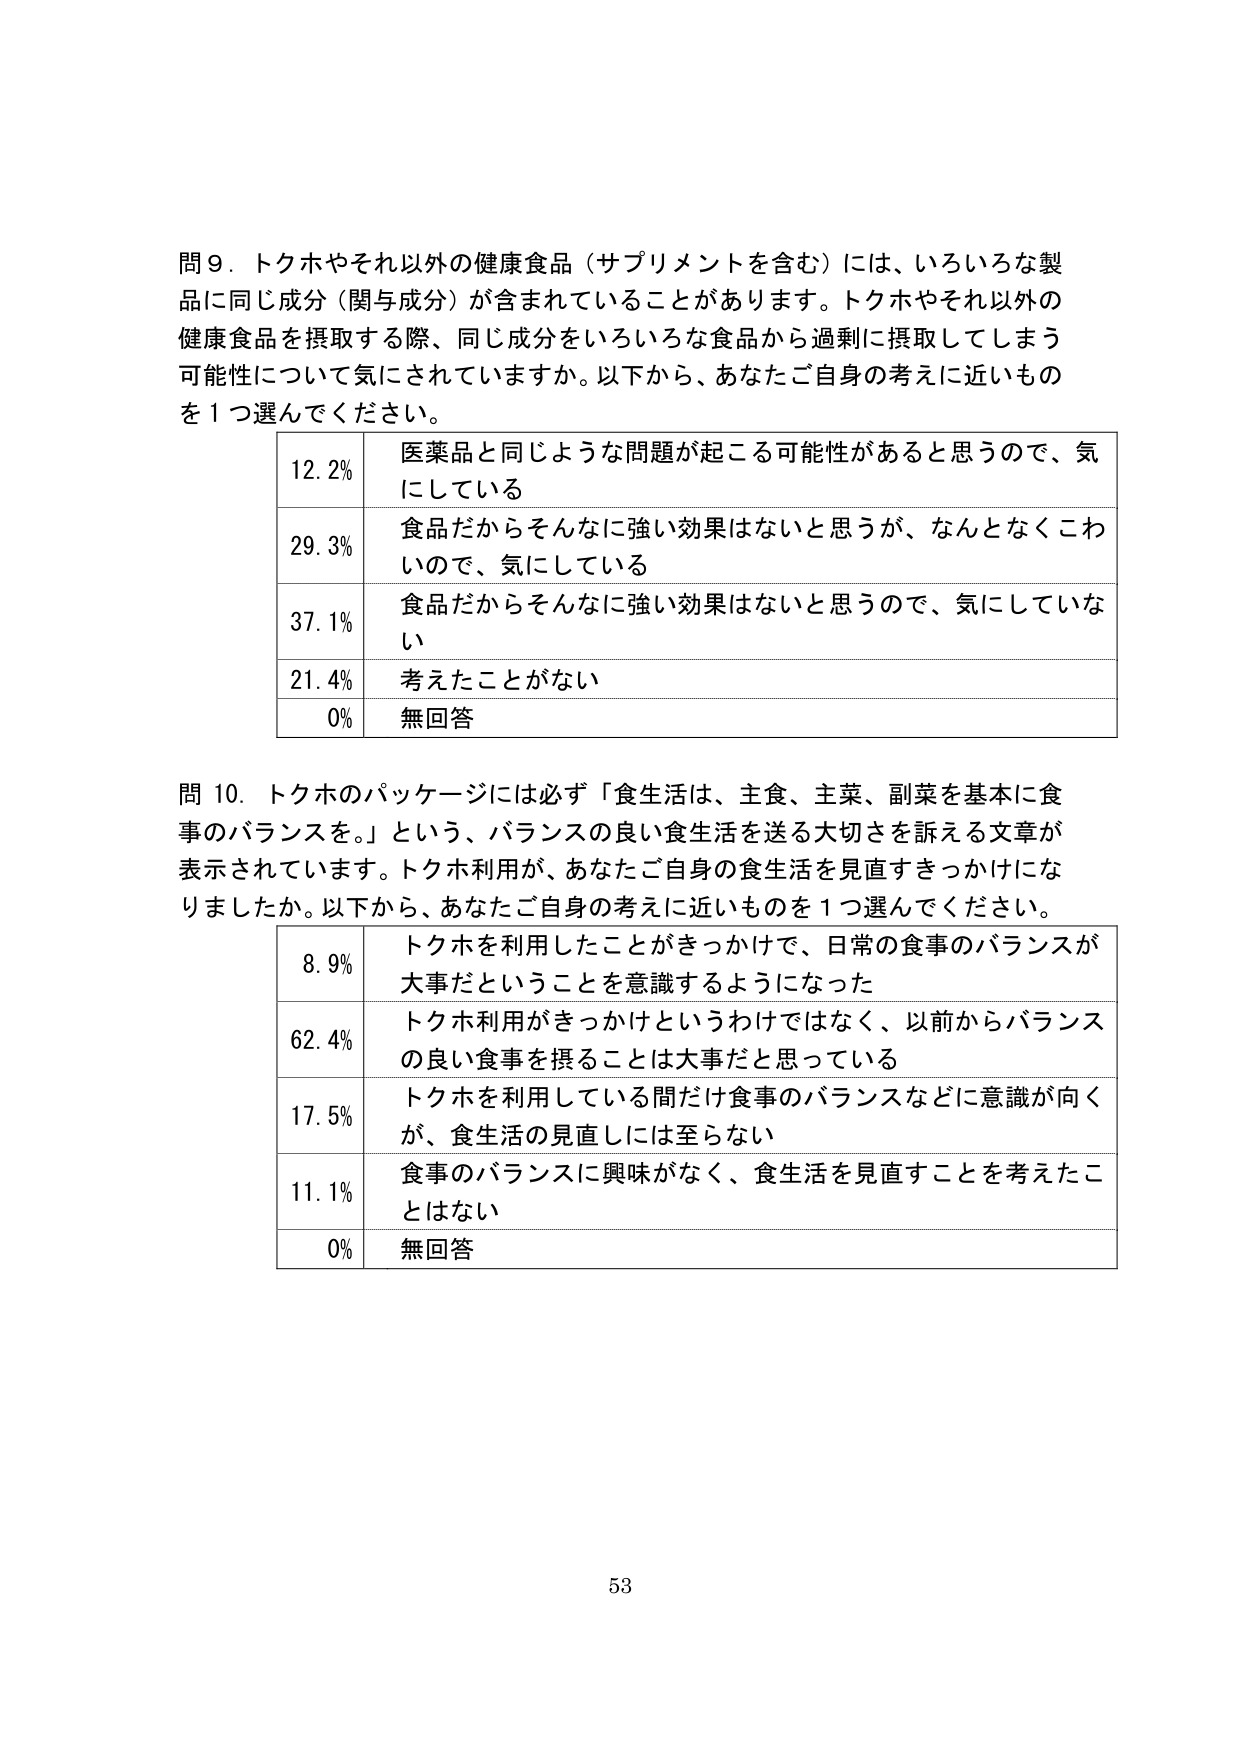
問９．トクホやそれ以外の健康食品（サプリメントを含む）には、いろいろな製品に同じ成分（関与成分）が含まれていることがあります。トクホやそれ以外の健康食品を摂取する際、同じ成分をいろいろな食品から過剰に摂取してしまう可能性について気にされていますか。以下から、あなたご自身の考えに近いものを１つ選んでください。

12.2% 医薬品と同じような問題が起こる可能性があると思うので、気にしている
29.3% 食品だからそんなに強い効果はないと思うが、なんとなくこわいので、気にしている
37.1% 食品だからそんなに強い効果はないと思うので、気にしていない
21.4% 考えたことがない
0% 無回答

問10．トクホのパッケージには必ず「食生活は、主食、主菜、副菜を基本に食事のバランスを。」という、バランスの良い食生活を送る大切さを訴える文章が表示されています。トクホ利用が、あなたご自身の食生活を見直すきっかけになりましたか。以下から、あなたご自身の考えに近いものを１つ選んでください。

8.9% トクホを利用したことがきっかけで、日常の食事のバランスが大事だということを意識するようになった
62.4% トクホ利用がきっかけというわけではなく、以前からバランスの良い食事を摂ることは大事だと思っている
17.5% トクホを利用している間だけ食事のバランスなどに意識が向くが、食生活の見直しには至らない
11.1% 食事のバランスに興味がなく、食生活を見直すことを考えたことはない
0% 無回答

53